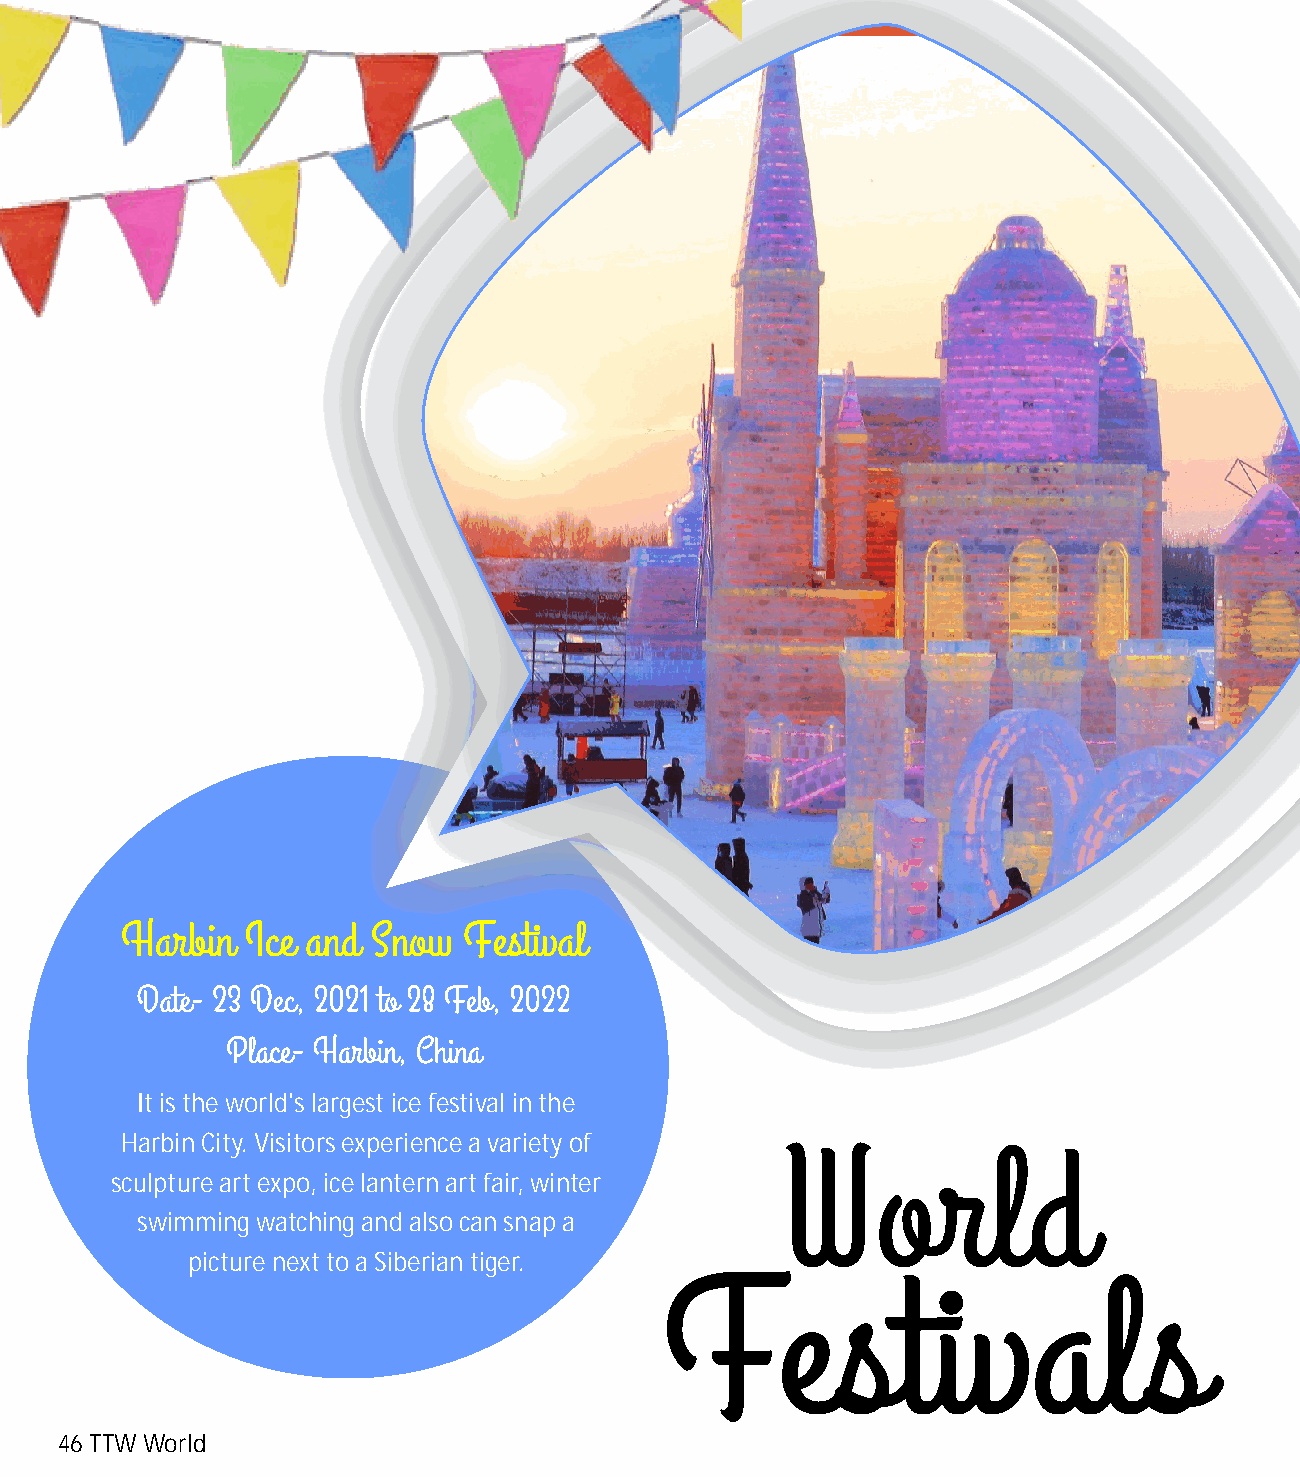
It is the world's largest ice festival in the
 Harbin City. Visitors experience a variety of
 sculpture art expo, ice lantern art fair, winter
 swimming watching and also can snap a
 picture next to a Siberian tiger.
 46 TTW World